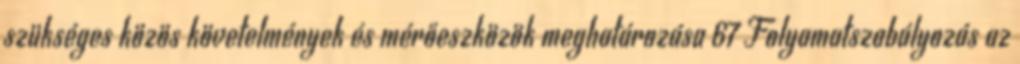
szükséges közös követelmények és mérőeszközök meghatározása 67 Folyamatszabályozás az